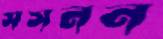
সসনন